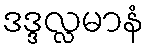
ဒဒ္ဒလ္လမာနံ